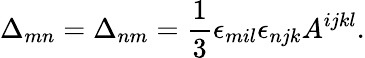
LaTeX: \Delta_{mn}=\Delta_{nm}=\frac 13\epsilon_{mil}\epsilon_{njk}A^{ijkl}.